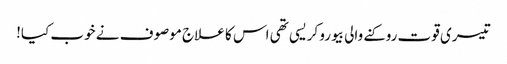
تیسری قوت روکنے والی بیورو کریسی تھی اس کا علاج موصوف نے خوب کیا!